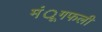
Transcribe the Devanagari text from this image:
मंूगफली